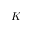
K